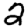
Digit: 2